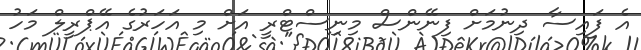
އެ ފައިސާ ދިނުމަށް ފިނޭންސް މިނިސްޓްރީ އަށް މި އަހަރުގެ އޭޕްރީލް މަހު